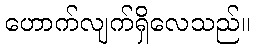
ဟောက်လျက်ရှိလေသည်။